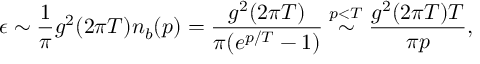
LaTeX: \epsilon \sim \frac { 1 } { \pi } g ^ { 2 } ( 2 \pi T ) n _ { b } ( p ) = \frac { g ^ { 2 } ( 2 \pi T ) } { \pi ( e ^ { p / T } - 1 ) } \stackrel { p < T } { \sim } \frac { g ^ { 2 } ( 2 \pi T ) T } { \pi p } ,